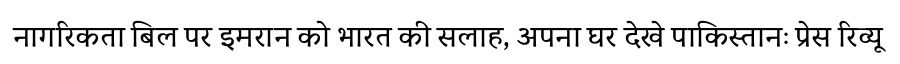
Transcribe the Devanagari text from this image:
नागरिकता बिल पर इमरान को भारत की सलाह, अपना घर देखे पाकिस्तानः प्रेस रिव्यू